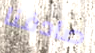
صادفنا